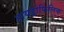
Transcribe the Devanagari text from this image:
हायड्रोफिलिक